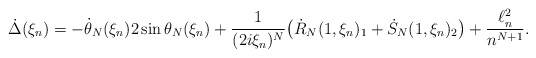
\begin{align*}\dot\Delta(\xi_n)= -\dot \theta_N(\xi_n)2\sin \theta_N(\xi_n)+ \frac{1}{(2i\xi_n)^N}\big(\dot R_N(1,\xi_n)_1+ \dot S_N(1,\xi_n)_2\big)+ \frac{\ell^2_n}{n^{N+1}}.\end{align*}